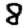
Digit: 8